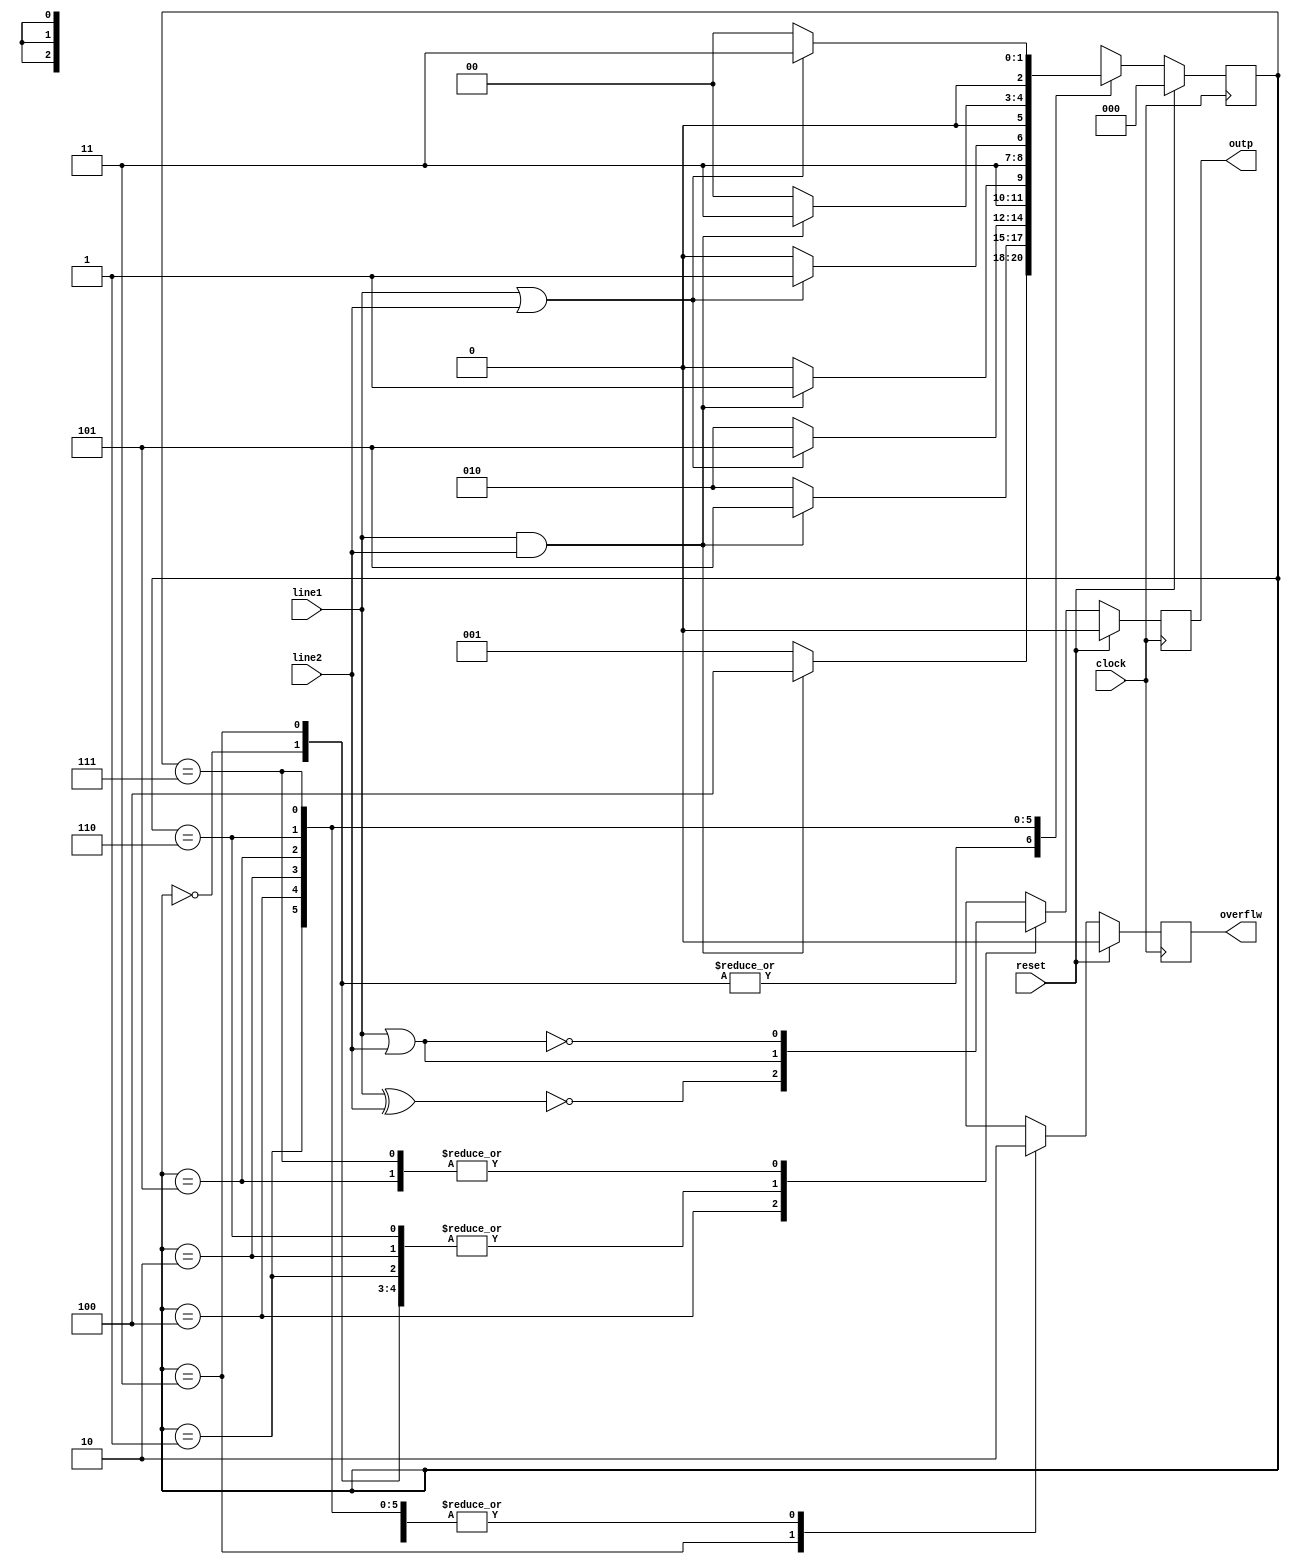
module b01 (
	input clock, 
	input  line1, 
	input line2,
	input reset,

	output reg outp,
	output reg overflw
);

reg [2:0] stato;


parameter   a = 3'b0;
parameter   b = 3'b001;
parameter   c = 3'b010;
parameter   e = 3'b011;
parameter   f = 3'b100;
parameter   g = 3'b101;
parameter wf0 = 3'b110;
parameter wf1 = 3'b111;

always@(posedge clock)
    if(reset==1'b1) 
		begin
			stato <= a;
			outp <= 1'b0;
			overflw<=1'b0;
		end
    else 
		case(stato)
		a:
			begin
				if(line1 == 1'b1 && line2==1'b1) begin
					stato <= f;
				end
				else begin
					stato <= b ;
					end
				outp <= line1 | line2;
				overflw <= 1'b0;
			end
		e:
			begin
				if(line1 == 1'b1 && line2==1'b1 ) begin
					stato <= f;
				end
				else begin
					stato <= b ;
				end
				outp <= line1 | line2;
				overflw <= 1'b1;
			end
        b:   
			begin
                if(line1 == 1'b1 && line2 == 1'b1) begin
					stato <= g ;
				end
                else begin 
                    stato <= c;
				end
				outp <= line1 | line2;
				overflw <= 1'b0 ;
			end
        f:
			begin
                if( line1 == 1'b1 || line2 == 1'b1) begin
                    stato <= g;
				end
                else begin
                    stato <= c;
				end
				outp <= ~(line1 ^ line2);
				overflw <= 1'b0 ;
			end
        c:  
			begin
                if(line1 == 1'b1 && line2 == 1'b1 ) begin
                    stato <= wf1;
				end
                else begin
                    stato <= wf0;
				end
				outp <= line1 | line2;
				overflw <= 1'b0 ;
			end
        g: 
			begin
                if( line1 == 1'b1 || line2 ==1'b1) begin
					stato <= wf1;
				end
                else begin
					stato <= wf0;
            	end
				outp <= ~(line1 | line2);
				overflw <= 1'b0 ;
			end
        wf0:
			begin
                if( line1==1'b1 && line2==1'b1 ) begin
                    stato <= e;
				end
                else begin
                    stato <= a;
				end
				outp <= line1 | line2;
				overflw <= 1'b0 ;
			end
        wf1:
			begin
                if( line1==1'b1 || line2==1'b1 ) begin
                    stato <= e;
				end
                else begin
                    stato <= a;
				end
				outp <= ~(line1 | line2);
				overflw <= 1'b0 ;
			end
        endcase

endmodule